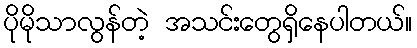
ပိုမိုသာလွန်တဲ့ အသင်းတွေရှိနေပါတယ်။